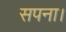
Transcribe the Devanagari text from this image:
सपना।